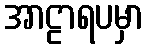
အာဠာရပမှာ